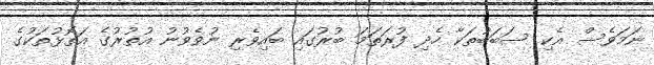
ނަމަވެސް އެކި ސަބަބުތަކާ ހެދި ފުރަތަމަ ބުރުގައި ބައިވެރި ނުވެވުނު އުތުރުގެ އަތޮޅުތަކުގެ